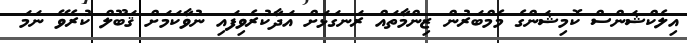
އިލެކްޝަންސް ކޮމިޝަންގެ މެމްބަރުން ޒިންމާތައް ރަނގަޅަށް އަދާކުރެވިފައި ނުވާކަމަށް ޤަބޫލް ކުރެވޭ ނަމަ